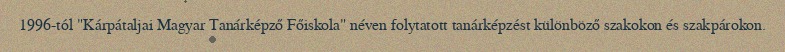
1996-tól "Kárpátaljai Magyar Tanárképző Főiskola" néven folytatott tanárképzést különböző szakokon és szakpárokon.